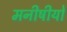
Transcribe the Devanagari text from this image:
मनीषीयो